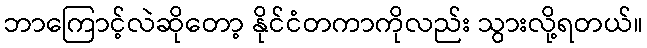
ဘာကြောင့်လဲဆိုတော့ နိုင်ငံတကာကိုလည်း သွားလို့ရတယ်။